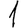
Digit: 1